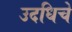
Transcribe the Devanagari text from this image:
उदधिचे